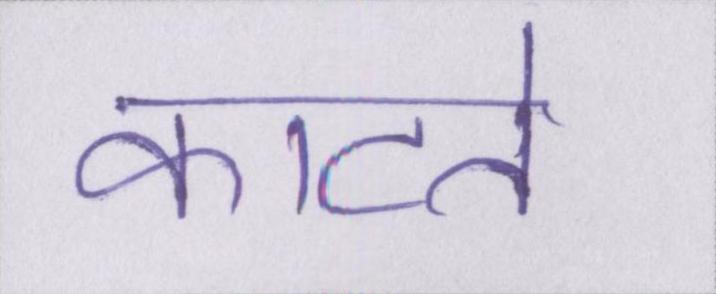
काटते